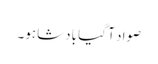
صواد آ گیا بادشاہو۔